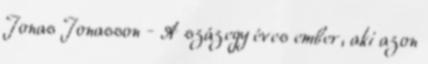
Jonas Jonasson - A százegy éves ember, aki azon